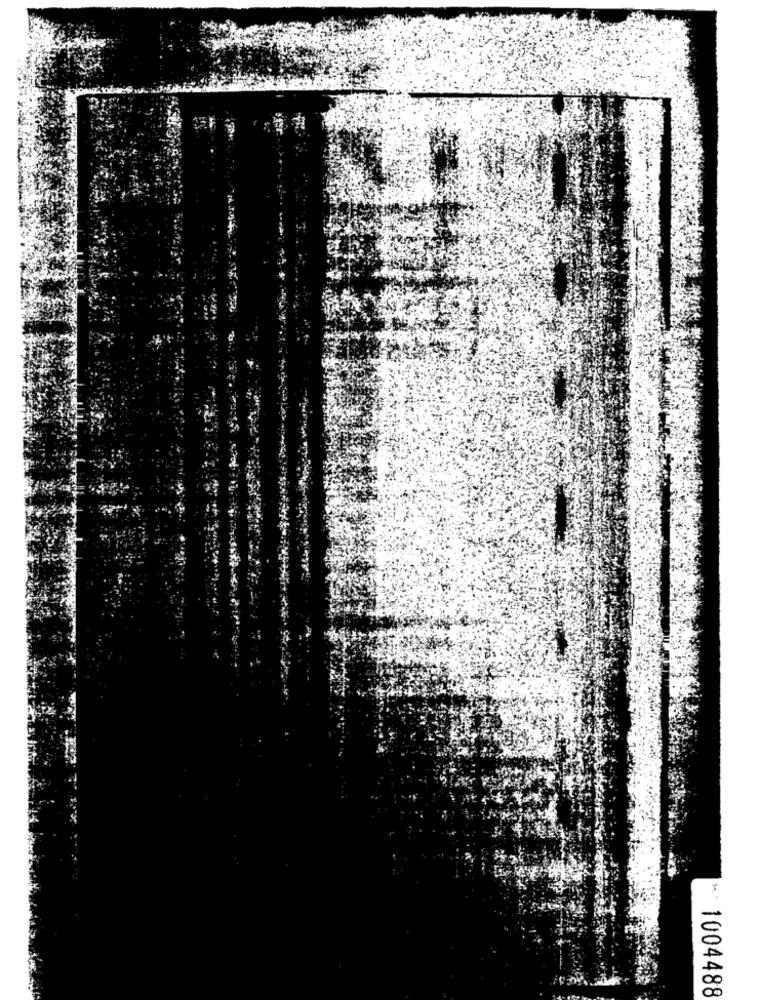
1004488